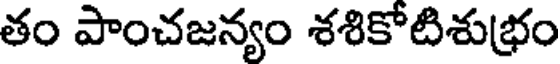
తం పాంచజన్యం శశికోటిశుభ్రం